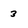
Character: 3